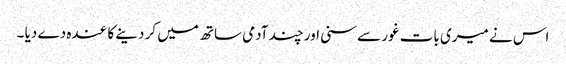
اس نے میری بات غور سے سنی اور چند آدمی ساتھ میں کر دینے کا عندہ دے دیا ۔